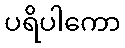
ပရိပါကော